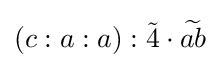
(c:a:a):{\tilde {4}}\cdot {\widetilde {ab}}